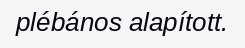
plébános alapított.